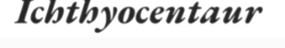
Ichthyocentaur